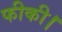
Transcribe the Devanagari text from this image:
फीकी।